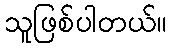
သူဖြစ်ပါတယ်။